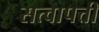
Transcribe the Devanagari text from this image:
सत्वापत्ती